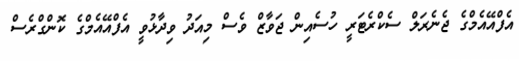
އެފްއޭއެމްގެ ޖެނެރަލް ސެކްރެޓަރީ ހުސެއިން ޖަވާޒް ވެސް މިއަދު ވިދާޅުވީ އެފްއޭއެމްގެ ކޮންގްރެސް